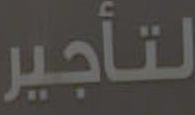
لتأجير